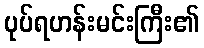
ပုပ်ရဟန်းမင်းကြီး၏